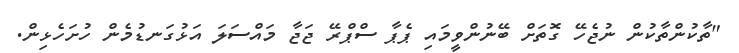
"ތާކުންތާކުން ނުޖެހޭ ގޮތަށް ބޭނުންވީމައި ޕެޕާ ސްޕްރޭ ޖަޖާ މައްސަލަ އަޅުގަނޑުމެން ހުށަހެޅިން.